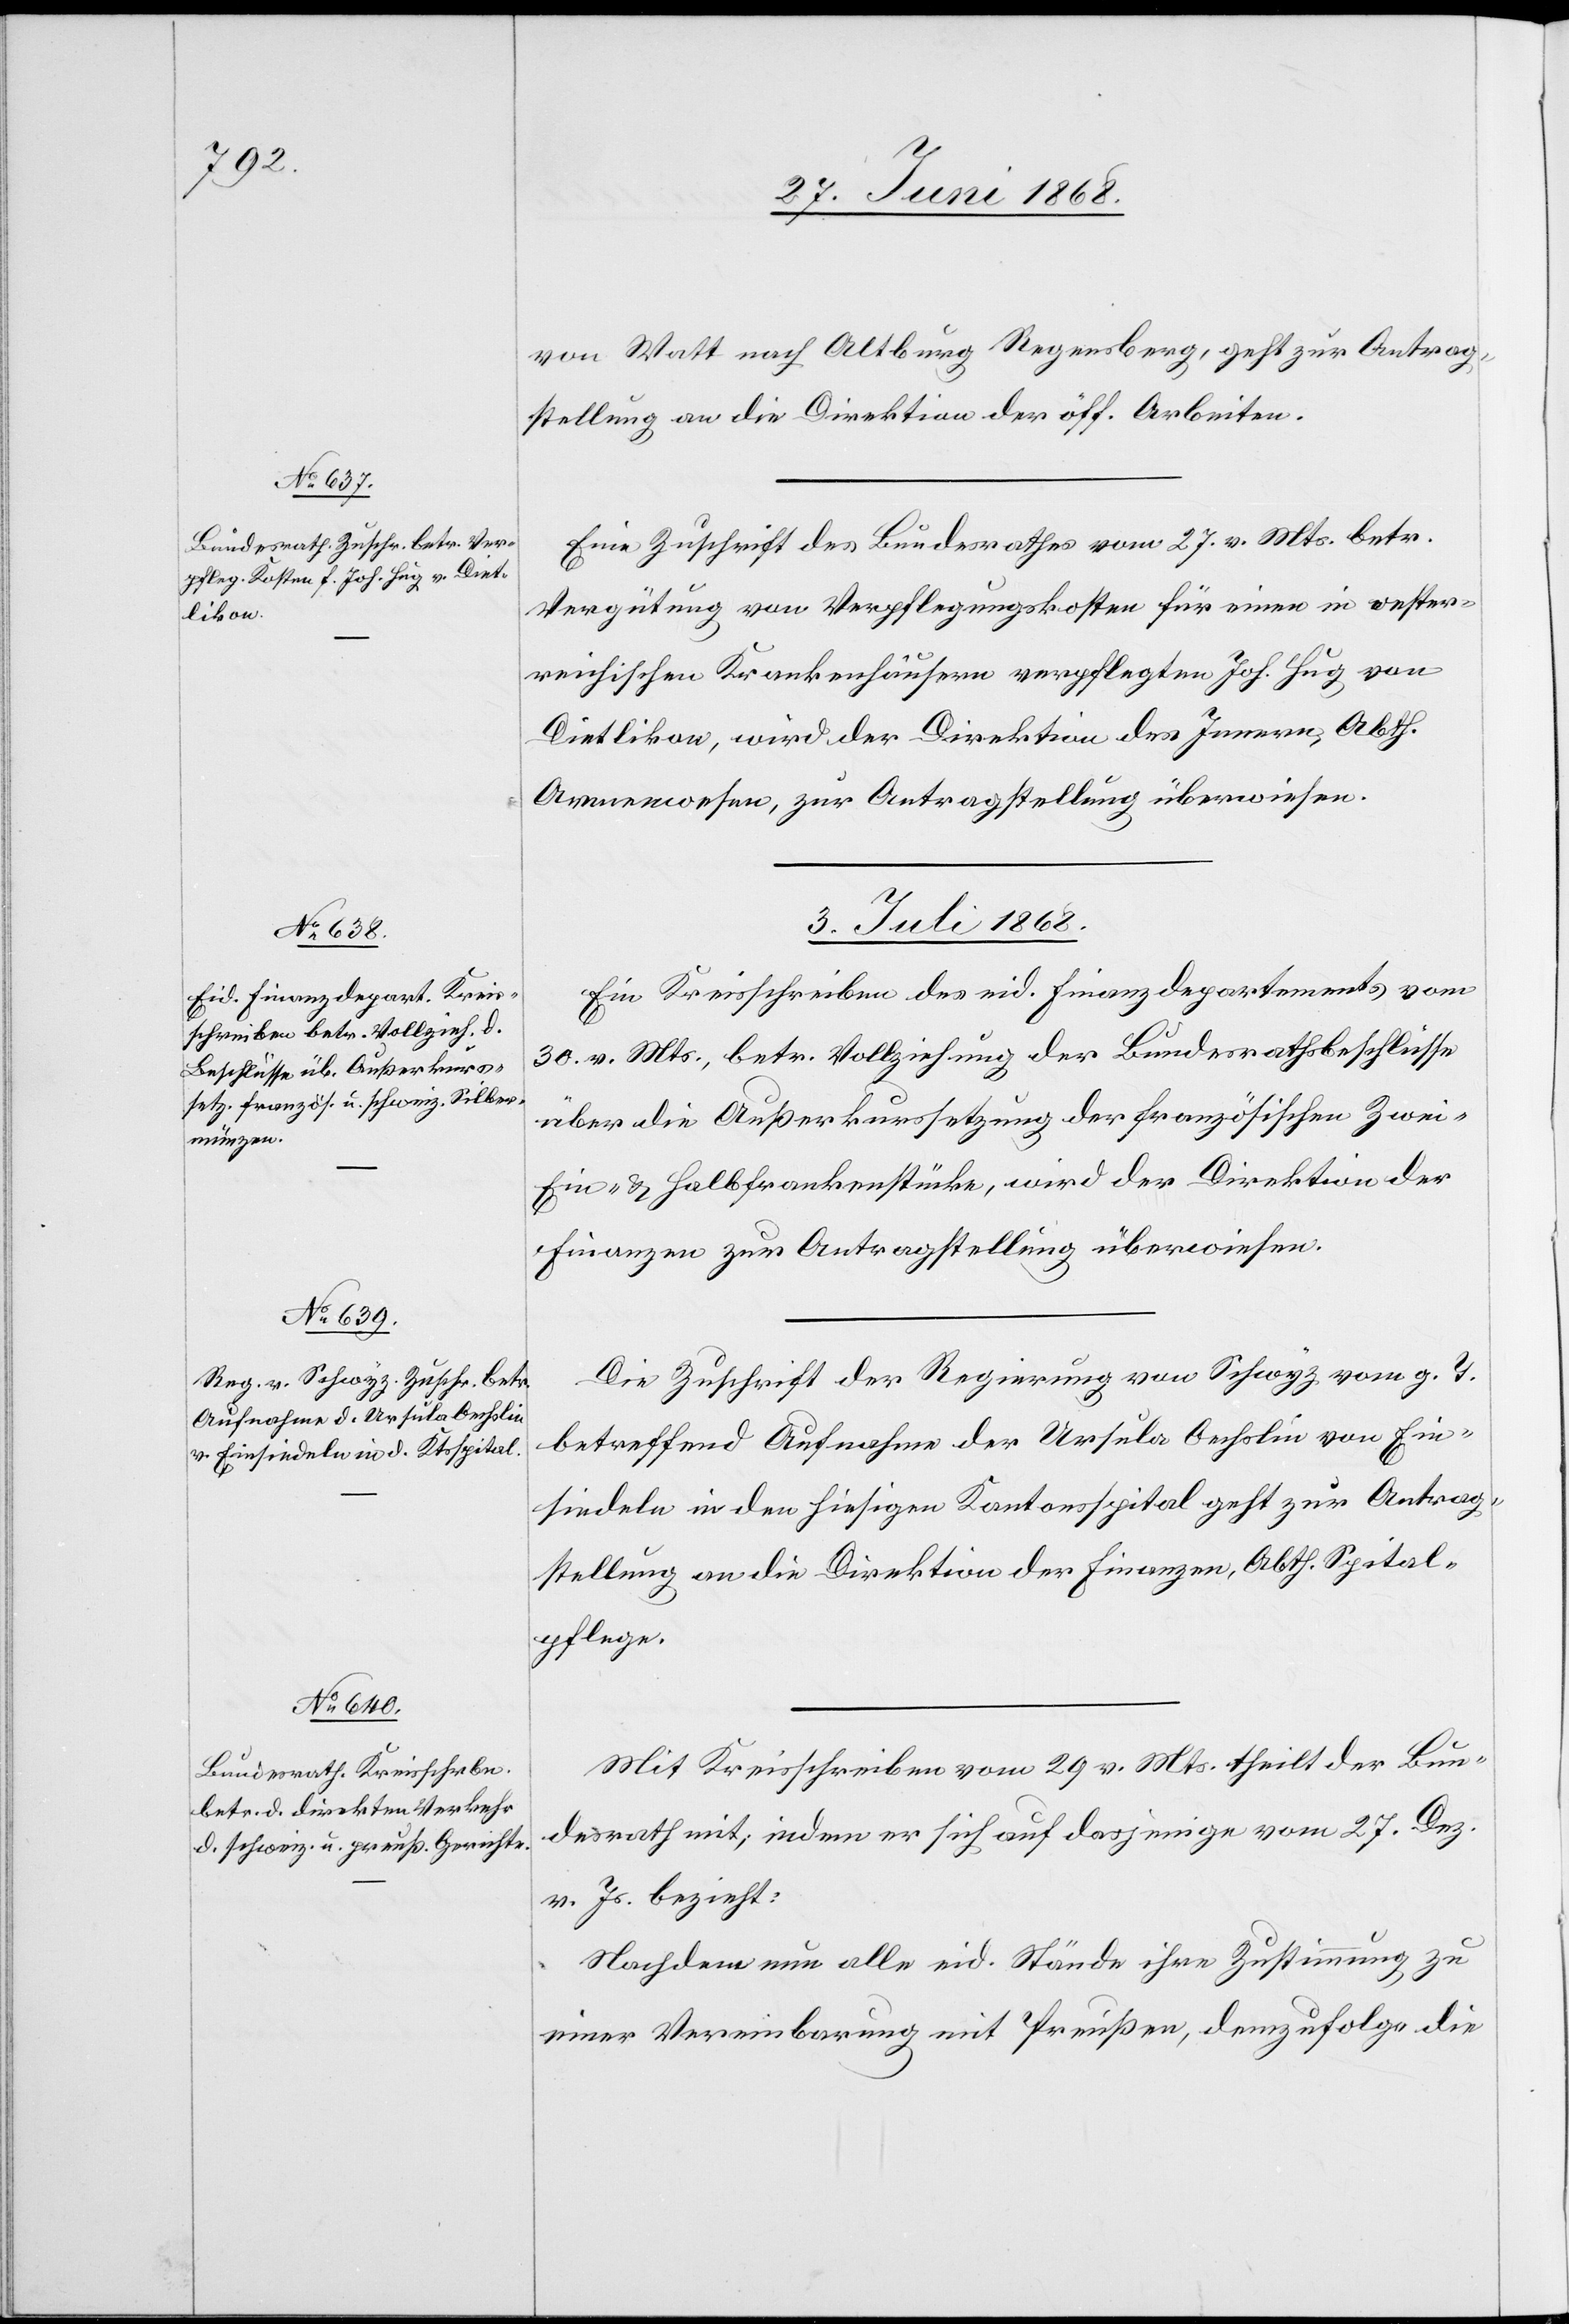
2. Juli 1868.]
von Watt nach Altburg Regensberg, geht zur Antrag¬
stellung an die Direktion der öff. Arbeiten.
Eine Zuschrift des Bundesrathes vom 27. v. Mts. betr.
Vergütung von Verpflegungskosten für einen in oester¬
reichischen Krankenhäusern verpflegten Joh. Hug von
Dietlikon, wird der Direktion des Innern, Abth.
Armenwesen, zur Antragstellung überwiesen.
3. Juli 1868.]
Ein Kreisschreiben des eid. Finanzdepartements vom
30. v. Mts., betr. Vollziehung der Bundesrathsbeschlüsse
über die Außerkurssetzung der französischen Zwei-[,]
Ein- & Halbfrankenstücke, wird der Direktion der
Finanzen zur Antragstellung überwiesen.
Die Zuschrift der Regierung von Schwyz vom g. T.
betreffend Aufnahme der Ursula Oechslin von Ein¬
siedeln in den hiesigen Kantonsspital geht zur Antrag¬
stellung an die Direktion der Finanzen, Abth. Spital¬
pflege.
Mit Kreisschreiben vom 29 v. Mts. theilt der Bun¬
desrath mit; indem er sich auf dasjenige vom 27. Dez.
v. Js. bezieht:
Nachdem nun alle eid. Stände ihre Zustimmung zu
einer Vereinbarung mit Preußen, demzufolge die